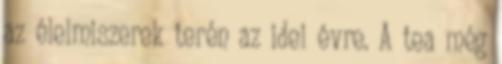
az élelmiszerek terén az idei évre. A tea még